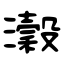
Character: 濲